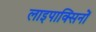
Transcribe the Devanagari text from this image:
लाइपाक्सिनों